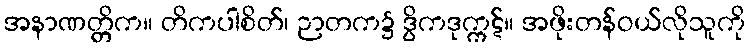
အနာဏတ္တိက။ တိကပါစိတ်၊ ဉာတက၌ ဒွိကဒုက္ကဋ်။ အဖိုးတန်ဝယ်လိုသူကို